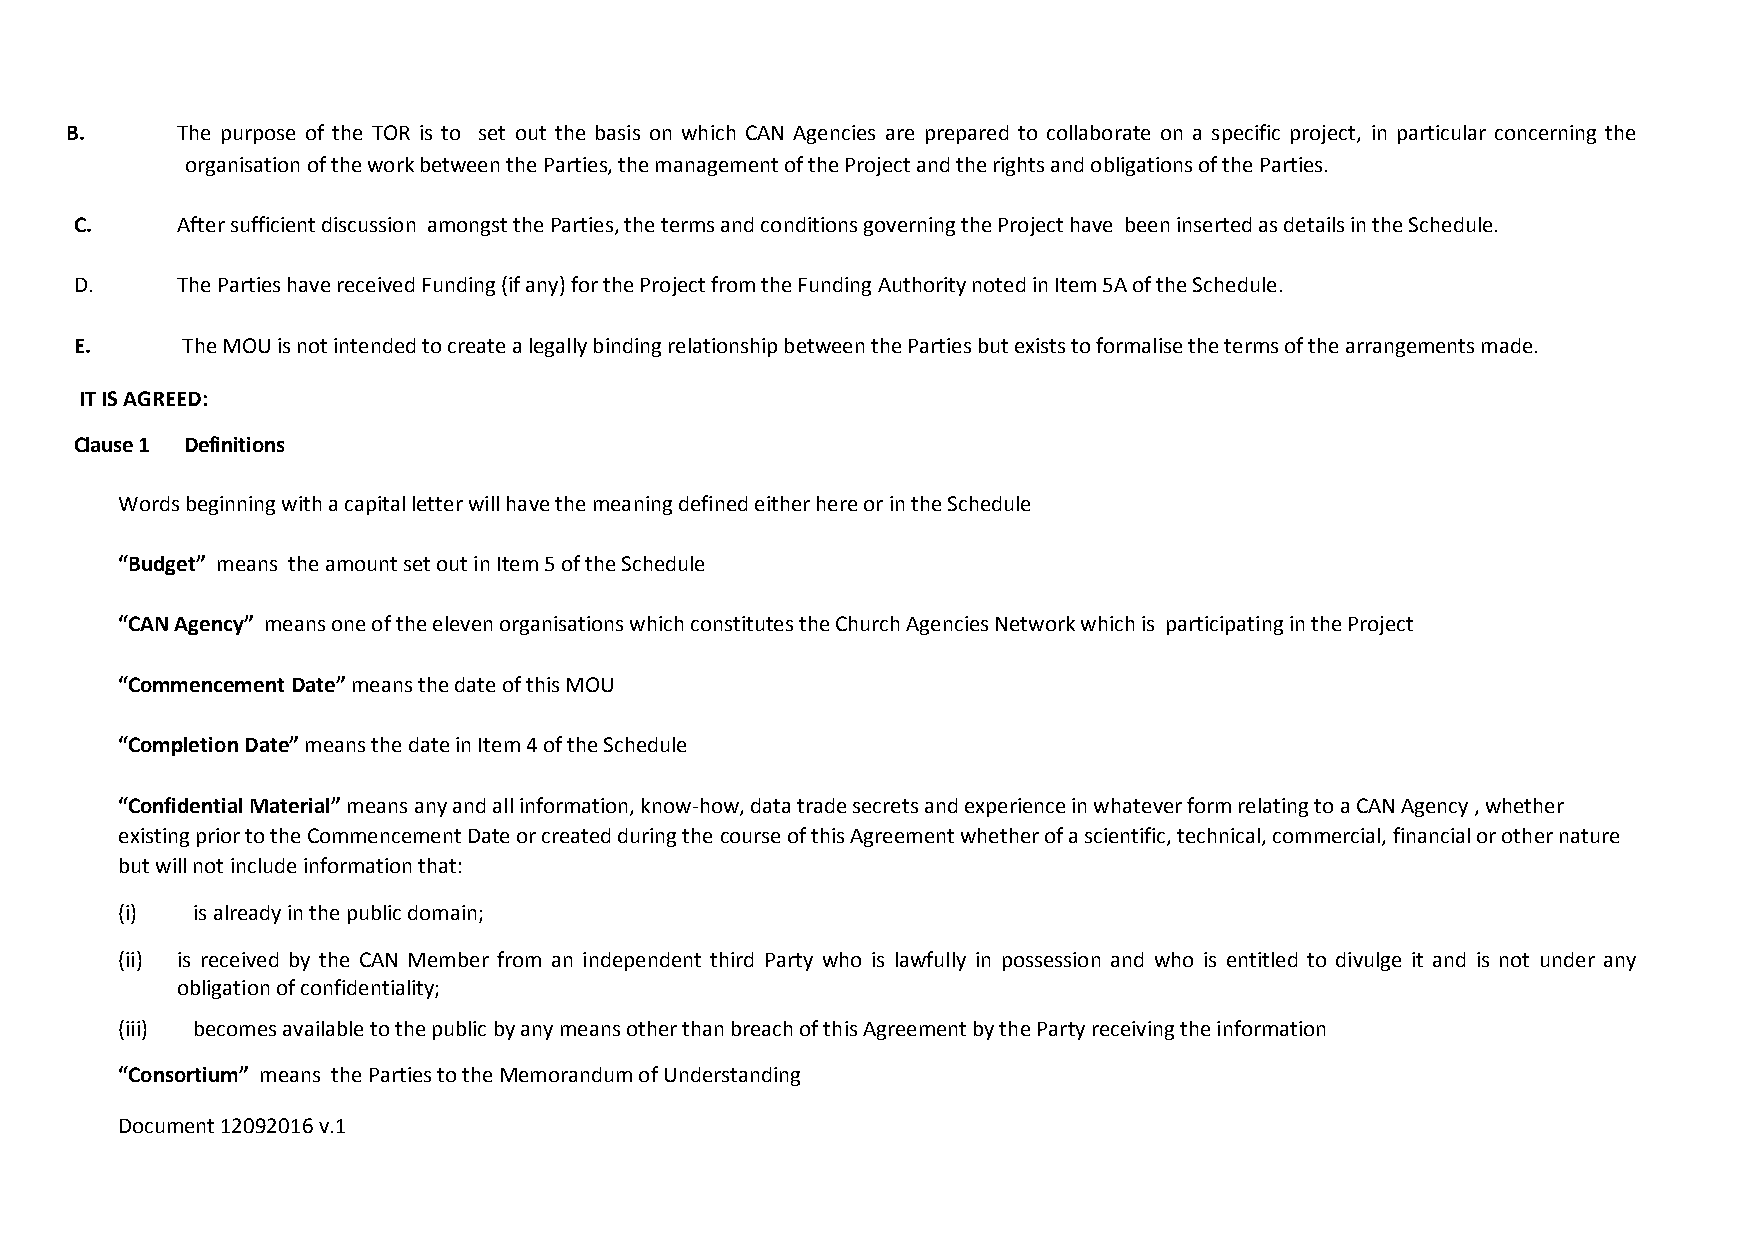
B.      The purpose of the TOR is to set out the basis on which CAN Agencies are prepared to collaborate on a specific project, in particular concerning the
 organisation of the work between the Parties, the management of the Project and the rights and obligations of the Parties.
 C.     After sufficient discussion amongst the Parties, the terms and conditions governing the Project have been inserted as details in the Schedule.
 D.     The Parties have received Funding (if any) for the Project from the Funding Authority noted in Item 5A of the Schedule.
 E.     The MOU is not intended to create a legally binding relationship between the Parties but exists to formalise the terms of the arrangements made.
 IT IS AGREED:
 Clause 1 Definitions
 Words beginning with a capital letter will have the meaning defined either here or in the Schedule
 “Budget” means the amount set out in Item 5 of the Schedule
 “CAN Agency” means one of the eleven organisations which constitutes the Church Agencies Network which is participating in the Project
 “Commencement Date” means the date of this MOU
 “Completion Date” means the date in Item 4 of the Schedule
 “Confidential Material” means any and all information, know-how, data trade secrets and experience in whatever form relating to a CAN Agency , whether
 existing prior to the Commencement Date or created during the course of this Agreement whether of a scientific, technical, commercial, financial or other nature
 but will not include information that:
 (i)  is already in the public domain;
 (ii) is received by the CAN Member from an independent third Party who is lawfully in possession and who is entitled to divulge it and is not under any
 obligation of confidentiality;
 (iii) becomes available to the public by any means other than breach of this Agreement by the Party receiving the information
 “Consortium” means the Parties to the Memorandum of Understanding
 Document 12092016 v.1